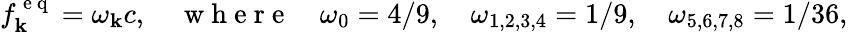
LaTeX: f_{\mathbf{k}}^{\mathrm{{~e~q~}}}=\omega_{\mathbf{k}}c,\quad\mathrm{{~w~h~e~r~e~}}\quad\omega_{0}=4/9,\quad\omega_{1,2,3,4}=1/9,\quad\omega_{5,6,7,8}=1/36,